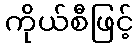
ကိုယ်စီဖြင့်